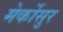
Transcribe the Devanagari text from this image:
मेर्कोसुर